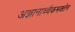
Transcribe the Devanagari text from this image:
अज्ञानाच्चैकभक्तेन